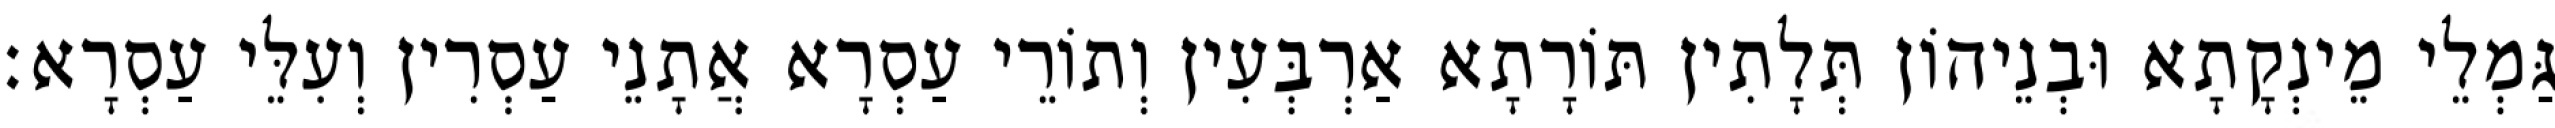
גַּמְלֵי מֵינְקָתָא וּבְנֵיהוֹן תְּלָתִין תּוֹרָתָא אַרְבְּעִין וְתוֹרֵי עַסְרָא אֲתָנֵי עַסְרִין וְעִלֵּי עַסְרָא׃